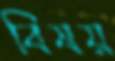
বিষয়